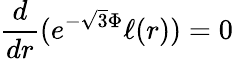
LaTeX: \frac{d}{dr}(e^{-\sqrt{3}\Phi}\ell(r))=0